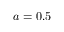
a = 0 . 5